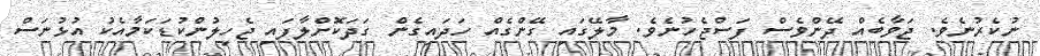
ނުކެރުނެވެ. ޖަވާބެއް ދޭންވެސް ފަސްޖެހުނެވެ. މާލޭގައި ގޭންގެއް ހަދައިގެން ގަދަކޮށްލާފައި ޖެހިލުންކުޑަކަމާއެކު އުޅުނަސް